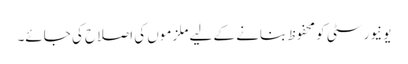
یونیورسٹی کو محفوظ بنانے کے لیے ملزموں کی اصلاح کی جائے۔